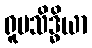
ရူပသိဒ္ဓိယာ